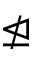
\ntrianglelefteq